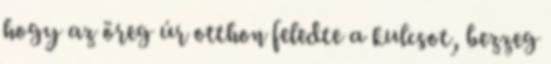
hogy az öreg úr otthon feledte a kulcsot, bezzeg